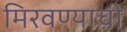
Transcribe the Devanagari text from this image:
मिरवण्याची